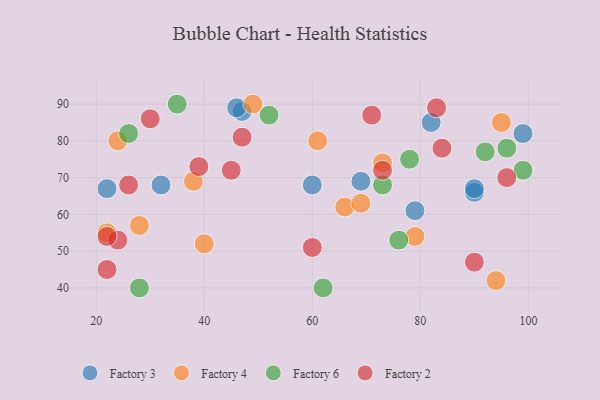
{"axis": {"x": "GDP", "y": "Life Expectancy"}, "legend": ["Factory 2", "Factory 3", "Factory 4", "Factory 6"], "data": [{"x": "22", "y": 67, "type": "Factory 3"}, {"x": "90", "y": 66, "type": "Factory 3"}, {"x": "79", "y": 61, "type": "Factory 3"}, {"x": "60", "y": 68, "type": "Factory 3"}, {"x": "47", "y": 88, "type": "Factory 3"}, {"x": "32", "y": 68, "type": "Factory 3"}, {"x": "90", "y": 67, "type": "Factory 3"}, {"x": "82", "y": 85, "type": "Factory 3"}, {"x": "99", "y": 82, "type": "Factory 3"}, {"x": "46", "y": 89, "type": "Factory 3"}, {"x": "69", "y": 69, "type": "Factory 3"}, {"x": "28", "y": 57, "type": "Factory 4"}, {"x": "66", "y": 62, "type": "Factory 4"}, {"x": "49", "y": 90, "type": "Factory 4"}, {"x": "94", "y": 42, "type": "Factory 4"}, {"x": "95", "y": 85, "type": "Factory 4"}, {"x": "22", "y": 55, "type": "Factory 4"}, {"x": "38", "y": 69, "type": "Factory 4"}, {"x": "40", "y": 52, "type": "Factory 4"}, {"x": "73", "y": 74, "type": "Factory 4"}, {"x": "24", "y": 80, "type": "Factory 4"}, {"x": "61", "y": 80, "type": "Factory 4"}, {"x": "79", "y": 54, "type": "Factory 4"}, {"x": "69", "y": 63, "type": "Factory 4"}, {"x": "92", "y": 77, "type": "Factory 6"}, {"x": "99", "y": 72, "type": "Factory 6"}, {"x": "76", "y": 53, "type": "Factory 6"}, {"x": "35", "y": 90, "type": "Factory 6"}, {"x": "78", "y": 75, "type": "Factory 6"}, {"x": "73", "y": 68, "type": "Factory 6"}, {"x": "26", "y": 82, "type": "Factory 6"}, {"x": "62", "y": 40, "type": "Factory 6"}, {"x": "28", "y": 40, "type": "Factory 6"}, {"x": "52", "y": 87, "type": "Factory 6"}, {"x": "96", "y": 78, "type": "Factory 6"}, {"x": "24", "y": 53, "type": "Factory 2"}, {"x": "45", "y": 72, "type": "Factory 2"}, {"x": "90", "y": 47, "type": "Factory 2"}, {"x": "39", "y": 73, "type": "Factory 2"}, {"x": "22", "y": 54, "type": "Factory 2"}, {"x": "73", "y": 72, "type": "Factory 2"}, {"x": "84", "y": 78, "type": "Factory 2"}, {"x": "26", "y": 68, "type": "Factory 2"}, {"x": "71", "y": 87, "type": "Factory 2"}, {"x": "83", "y": 89, "type": "Factory 2"}, {"x": "96", "y": 70, "type": "Factory 2"}, {"x": "22", "y": 45, "type": "Factory 2"}, {"x": "47", "y": 81, "type": "Factory 2"}, {"x": "30", "y": 86, "type": "Factory 2"}, {"x": "60", "y": 51, "type": "Factory 2"}]}